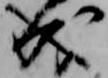
成